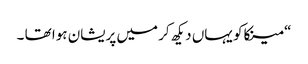
“ مینکاکو یہاں دیکھ کر میں پریشان ہوا تھا ۔